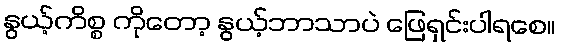
နွယ့်ကိစ္စ ကိုတော့ နွယ့်ဘာသာပဲ ဖြေရှင်းပါရစေ။